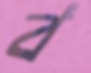
ব